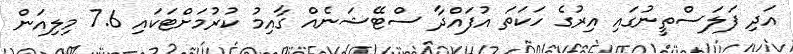
އަދި ފަލަސްތީނުގައި އިރުގެ ހަކަތަ އުފައްދާ ސްޓޭޝަނެއް ގާއިމު ކުރުމަށްޓަކައި 7.6 މިލިއަން